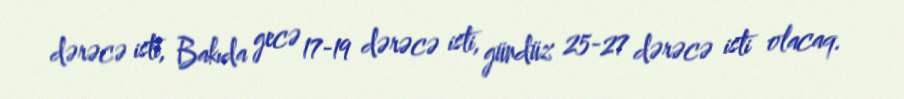
dərəcə isti, Bakıda gecə 17-19 dərəcə isti, gündüz 25-27 dərəcə isti olacaq.